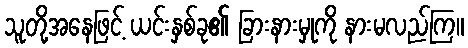
သူတို့အနေဖြင့် ယင်းနှစ်ခု၏ ခြားနားမှုကို နားမလည်ကြ။